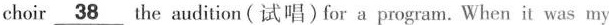
choir\underline{38}the audition(试唱)for a program. When it was my